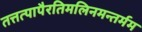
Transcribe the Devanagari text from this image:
तत्तत्पापैरतिमलिनमन्तर्मम